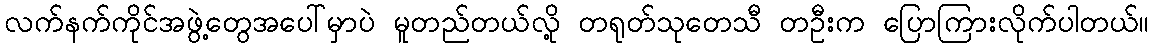
လက်နက်ကိုင်အဖွဲ့တွေအပေါ်မှာပဲ မူတည်တယ်လို့ တရုတ်သုတေသီ တဦးက ပြောကြားလိုက်ပါတယ်။